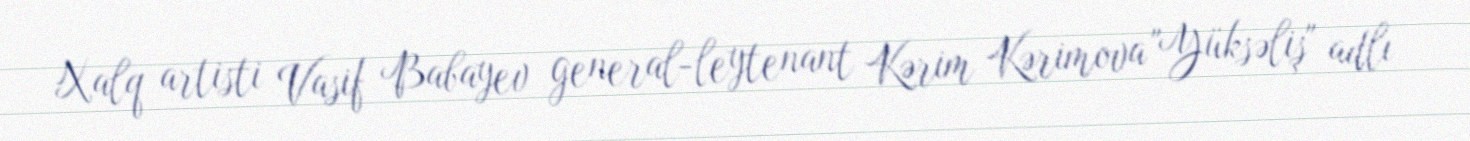
Xalq artisti Vasif Babayev general-leytenant Kərim Kərimova "Yüksəliş" adlı